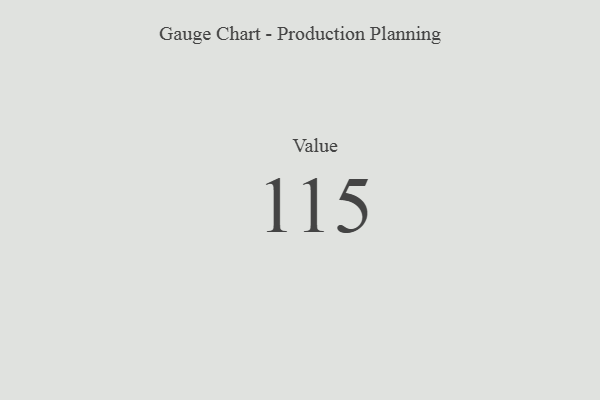
{"axis": {"x": "Metric", "y": "Value"}, "legend": [""], "data": [{"x": "Value", "y": 115, "type": ""}]}